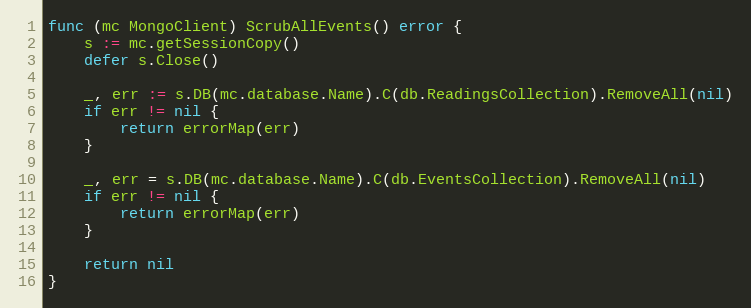
Language: Go
func (mc MongoClient) ScrubAllEvents() error {
	s := mc.getSessionCopy()
	defer s.Close()

	_, err := s.DB(mc.database.Name).C(db.ReadingsCollection).RemoveAll(nil)
	if err != nil {
		return errorMap(err)
	}

	_, err = s.DB(mc.database.Name).C(db.EventsCollection).RemoveAll(nil)
	if err != nil {
		return errorMap(err)
	}

	return nil
}